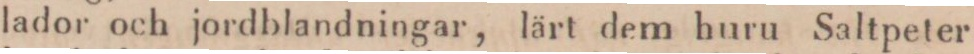
lador och jordblandningar, lärt dem huru Saltpeter